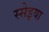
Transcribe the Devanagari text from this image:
स्सेइया